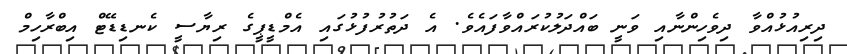
ދިރިއުޅުއްވާ ދިވެހިންނާއި ވަނީ ބައްދަލުކުރައްވާފައެވެ. އެ ދަތުރުފުޅުގައި އެމްޑީޕީގެ ރިޔާސީ ކެނޑިޑޭޓް އިބްރާހިމް